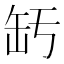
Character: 𦈣